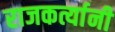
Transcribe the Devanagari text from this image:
राजकर्त्यानी